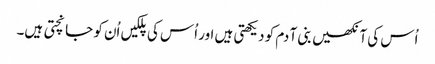
اُس کی آنکھیں بنی آ دم کو دیکھتی ہیں اور اُس کی پلکیں اُن کو جانچتی ہیں۔